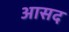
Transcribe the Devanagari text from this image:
आसद